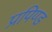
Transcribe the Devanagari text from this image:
प्रपिण्ड